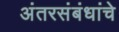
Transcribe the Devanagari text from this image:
अंतरसंबंधांचे